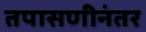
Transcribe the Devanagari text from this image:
तपासणीनंतर